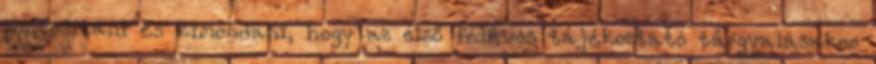
pontosítani és kimondani, hogy az első féléves tájékoztató tárgyalásakor